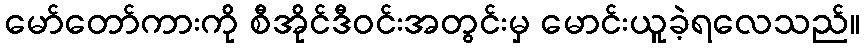
မော်တော်ကားကို စီအိုင်ဒီဝင်းအတွင်းမှ မောင်းယူခဲ့ရလေသည်။